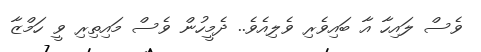
ވެސް ލައިހާ އާ ބައިވެރި ވެލިއެވެ.. ދެމީހުން ވެސް މައިތިރި ވީ ހަމްޒާ